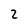
Character: 2